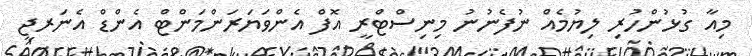
މިއާ ގުޅުންހުރި ލިޔުމެއް ނުފެނުނު މިނިސްޓްރީ އޮފް އެންވަޔަރަންމަންޓް އެންޑް އެނަރޖީ